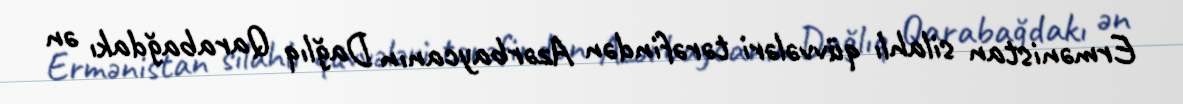
Ermənistan silahlı qüvvələri tərəfindən Azərbaycanın Dağlıq Qarabağdakı ən